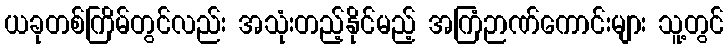
ယခုတစ်ကြိမ်တွင်လည်း အသုံးတည့်နိုင်မည့် အကြံဉာဏ်ကောင်းများ သူ့တွင်